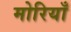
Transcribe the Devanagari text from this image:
मोरियाँ